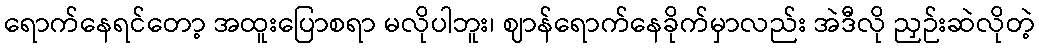
ရောက်နေရင်တော့ အထူးပြောစရာ မလိုပါဘူး၊ ဈာန်ရောက်နေခိုက်မှာလည်း အဲဒီလို ညှဉ်းဆဲလိုတဲ့